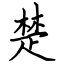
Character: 楚